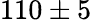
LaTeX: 110\pm 5